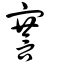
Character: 謇